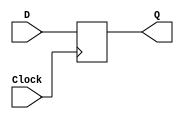
module dffp(D, Clock, Q);
	input D, Clock;
	output reg Q;
	always @(posedge Clock)
		Q <= D;
endmodule

module q1(Q, clk, A);
	input Q;
	input clk;
	output A;
	wire [5:1]I;
	dffp s1(Q , clk, I[5]);
	dffp s2(I[5], clk, I[4]);
	dffp s3(I[4], clk, I[3]);
	dffp s4(I[3], clk, I[2]);
	dffp s5(I[2], clk, I[1]);
	dffp s6(I[1], clk, A);
endmodule